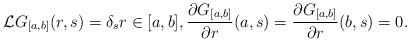
LaTeX: \begin{align*}\mathcal{L} G_{[a,b]}(r,s) =\delta_s r\in [a,b], \frac{\partial G_{[a,b]}}{\partial r} (a,s)=\frac{\partial G_{[a,b]}}{\partial r} (b,s)=0.\end{align*}